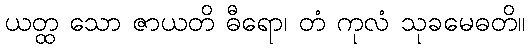
ယတ္ထ သော ဇာယတိ ဓီရော၊ တံ ကုလံ သုခမေဓတိ။